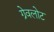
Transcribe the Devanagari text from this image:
ग्रेवलोट